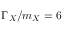
\Gamma _ { X } / m _ { X } = 6 \